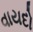
વાયદો